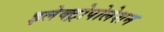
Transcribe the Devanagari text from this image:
इलेक्ट्रोपोलेशन